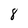
Character: 8